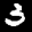
Label: 3